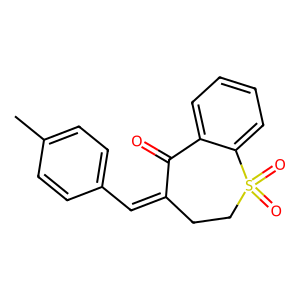
SMILES: Cc1ccc(C=C2CCS(=O)(=O)c3ccccc3C2=O)cc1
Inhibits HIV replication: No